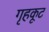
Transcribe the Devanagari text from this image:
गृहकूट